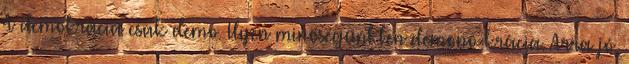
A demokrácia csak demo. Ilyen minőségünkben demono-krácia. Arra jó,